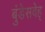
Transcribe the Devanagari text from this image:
बुंडेसवेह्